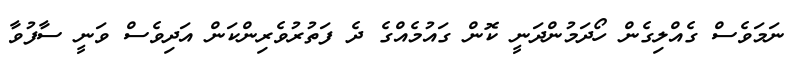
ނަމަވެސް ގެއްލިގެން ހޯދަމުންދަނީ ކޮން ގައުމެއްގެ ދެ ފަތުރުވެރިންކަން އަދިވެސް ވަނީ ސާފުވާ